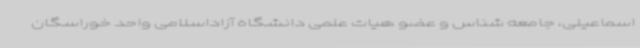
اسماعیلی، جامعه شناس و عضو هیات علمی دانشگاه آزاداسلامی واحد خوراسگان